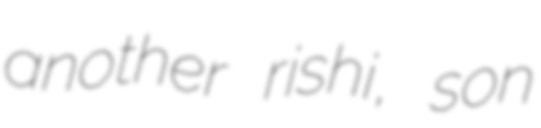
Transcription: another rishi, son